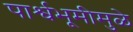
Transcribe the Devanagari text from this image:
पार्श्वभूमीमुळे